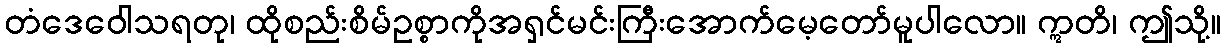
တံဒေဝေါသရတု၊ ထိုစည်းစိမ်ဥစ္စာကိုအရှင်မင်းကြီးအောက်မေ့တော်မူပါလော။ ဣတိ၊ ဤသို့။